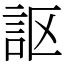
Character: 𧦅